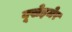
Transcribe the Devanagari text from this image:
बूखेइमेर